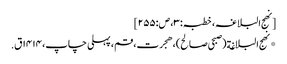
[نھج البلاغہ، خطبہ:۳، ص:۲۵۵]
*نهج البلاغة(صبحی صالح)، هجرت، قم، پہلی چاپ، ۱۴۱۴ق.